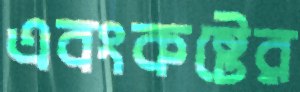
এবংকষ্টের